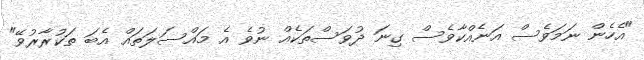
"އެހެން ނަމަވެސް އަނެއްކާވެސް ގިނަ ދުވަސްތަކެއް ނުވެ އެ މައްސަލަތައް އެބަ ތަކުރާރުވޭ"